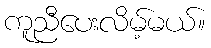
ကူညီပေးလိမ့်မယ်။